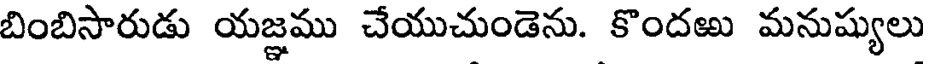
బింబిసారుడు యజ్ఞము చేయుచుండెను. కొందఱు మనుష్యులు